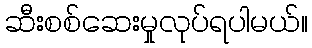
ဆီးစစ်ဆေးမှုလုပ်ရပါမယ်။